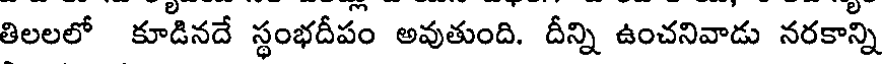
తిలలలో కూడినదే స్థంభదీపం అవుతుంది. దీన్ని ఉంచనివాడు నరకాన్ని